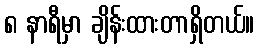
၈ နာရီမှာ ချိန်းထားတာရှိတယ်။